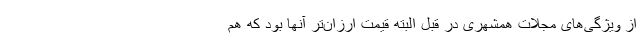
از ویژگی‌های مجلات همشهری در قبل البته قیمت ارزان‌تر آنها بود که هم